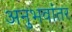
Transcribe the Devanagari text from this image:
अनुभवांतर